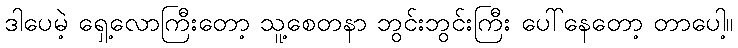
ဒါပေမဲ့ ရှေ့လောကြီးတော့ သူ့စေတနာ ဘွင်းဘွင်းကြီး ပေါ်နေတော့ တာပေါ့။